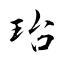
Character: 珆